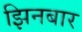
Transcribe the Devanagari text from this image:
झिनबार